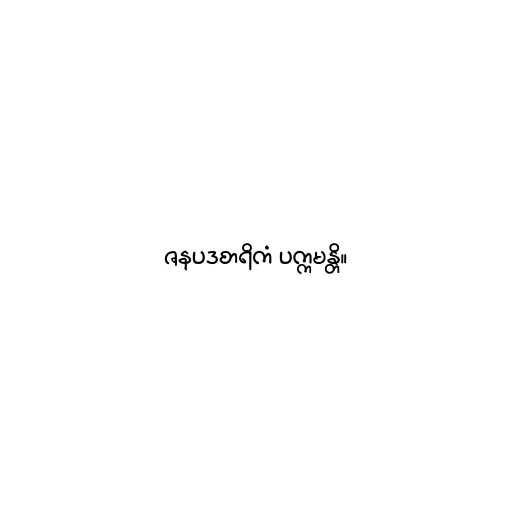
ဇနပဒစာရိကံ ပက္ကမန္တိ။